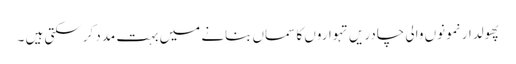
پھولدار نمونوں والی چادریں تہواروں کا سماں بنانے میں بہت مدد کرسکتی ہیں ۔